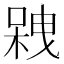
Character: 𠻇